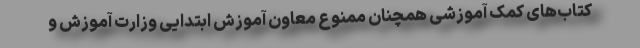
کتاب‌های کمک آموزشی همچنان ممنوع معاون آموزش ابتدایی وزارت آموزش و